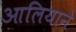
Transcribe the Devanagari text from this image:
आलियाने